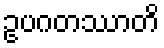
ဥပဂတဿာတိ